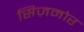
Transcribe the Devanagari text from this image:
सिज़मोर